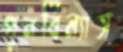
পুনর্বিন্যাস